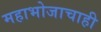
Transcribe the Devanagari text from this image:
महाभोजाचाही